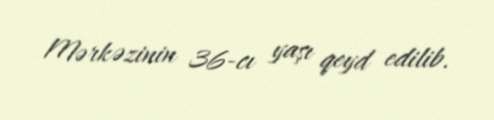
Mərkəzinin 36-cı yaşı qeyd edilib.